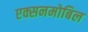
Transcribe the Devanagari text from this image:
एक्सनमोबिल